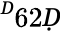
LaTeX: ^Ḋ62Ḍ